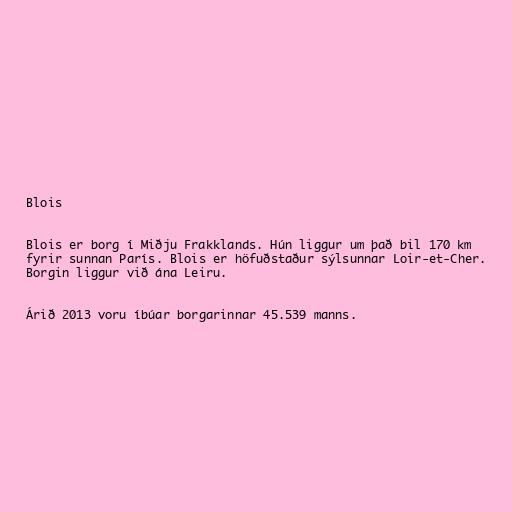
Blois

Blois er borg í Miðju Frakklands. Hún liggur um það bil 170 km
fyrir sunnan París. Blois er höfuðstaður sýlsunnar Loir-et-Cher.
Borgin liggur við ána Leiru.

Árið 2013 voru íbúar borgarinnar 45.539 manns.